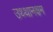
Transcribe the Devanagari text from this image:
उथ्थानक्षम